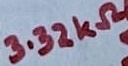
Text: 3.32KΩ